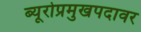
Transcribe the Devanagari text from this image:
ब्यूरोप्रमुखपदावर